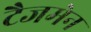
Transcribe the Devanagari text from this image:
टैजमेन